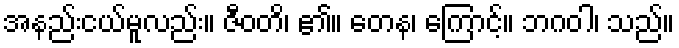
အနည်းငယ်မူလည်း။ ဇီဝတိ၊ ၏။ တေန၊ ကြောင့်။ ဘဂဝါ၊ သည်။